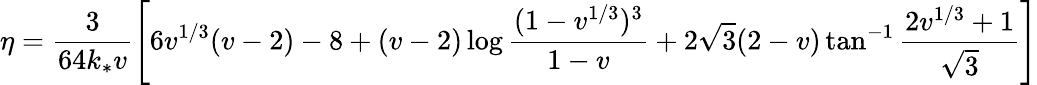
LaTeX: \eta=\frac{3}{64k_{*}v}\left[6v^{1/3}(v-2)-8+(v-2)\log\frac{(1-v^{1/3})^{3}}{1-v}+2\sqrt{3}(2-v)\tan^{-1}\frac{2v^{1/3}+1}{\sqrt{3}}\right]